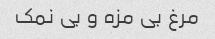
مرغ بی مزه و بی نمک